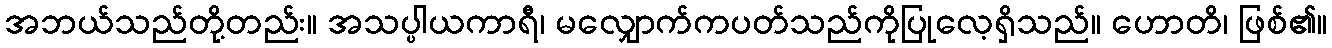
အဘယ်သည်တို့တည်း။ အသပ္ပါယကာရီ၊ မလျှောက်ကပတ်သည်ကိုပြုလေ့ရှိသည်။ ဟောတိ၊ ဖြစ်၏။